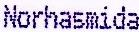
NORHASMIDA